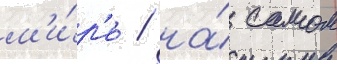
м'и́р'е / на́ самом